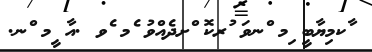
ާކމިޔާބީ ިމ ްނވަ ުރކޮ ްށދެއްވު ެމ ެވ .އާ ީމ ްނ.